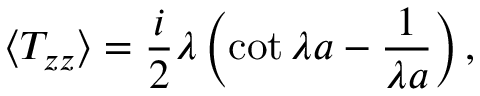
\langle T _ { z z } \rangle = { \frac { i } { 2 } } \lambda \left( \cot \lambda a - { \frac { 1 } { \lambda a } } \right) ,